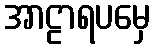
အာဠာရပမှေ